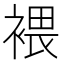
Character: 𧛚